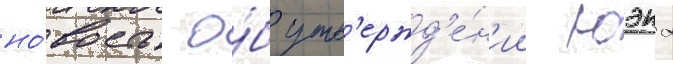
но́вость о́б утв'ержд'е́н'ии юэна